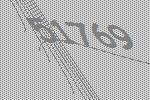
51769